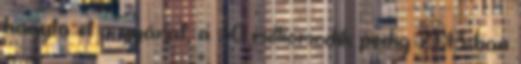
hagyta el a gyárat, a 30 milliomodik pedig 2013-ban